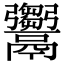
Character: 𩱦